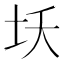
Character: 𱖎